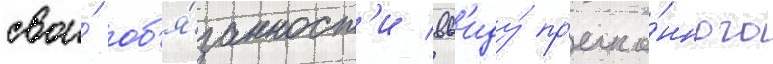
свои́ об'я́занност'и вв'иду́ пр'екло́нного